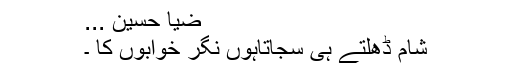
ضیا حسین ...
شام ڈھلتے ہی سجاتاہوں نگر خوابوں کا ۔